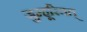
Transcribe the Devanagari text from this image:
जुम्हूरियत्